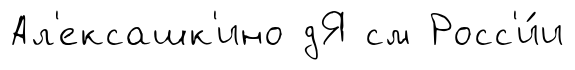
Ал'ексашк'ино дЯ см Росс'и́и